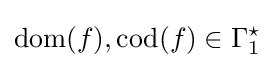
{\text{dom}}(f),{\text{cod}}(f)\in \Gamma _{1}^{\star }